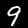
Label: 9